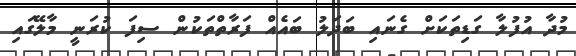
މުދާ އުފުލާ ގަޑިތަކަށް ގެނައި ބަދަލު ބައެއް ފަރާތްތަކުން ސިފަ ކުރަނީ މާލޭގައި